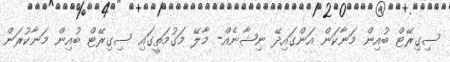
ސިގިރޭޓް ބުއިން މަނާކަން އަންގައިދޭ ނިޝާނެއް- މާލޭ މަގުމަތީގައި ސިގިރޭޓް ބުއިން މަނާކުރަން